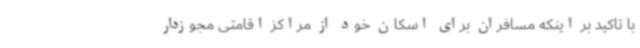
با تاکید بر اینکه مسافران برای اسکان خود از مراکز اقامتی مجوزدار